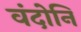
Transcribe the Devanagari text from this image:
वंदोनि